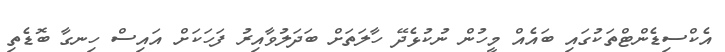
އެކްސިޑެންޓްތަކުގައި ބައެއް މީހުން ނުކުޅެދޭ ހާލަތަށް ބަދަލުވާއިރު ފަހަކަށް އައިސް ހިނގާ ބޮޑެތި